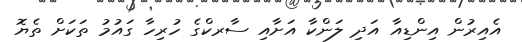
އެއިރުން އިންޑިއާ އަދި ލަންކާ އަށާއި ސާރކްގެ ހުރިހާ ގައުމު ތަކަށް ތެޔޮ